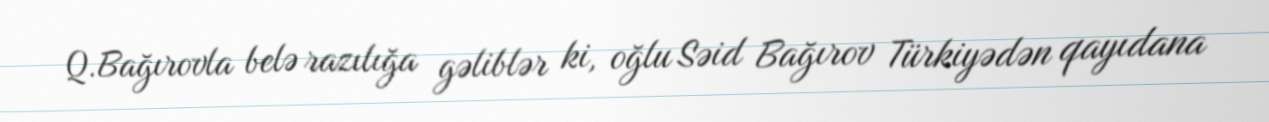
Q.Bağırovla belə razılığa gəliblər ki, oğlu Səid Bağırov Türkiyədən qayıdana